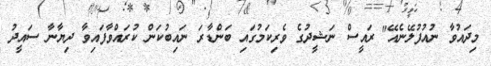
މިދައުވާ ނުއުފުލޭނެއޭ" ރައީސް ނަޝީދުގެ ވެރިކަމުގައި ބަންޑާރަ ނައިބުކަން ކުރައްވާފައިވާ ދިޔާނާ ސައީދު